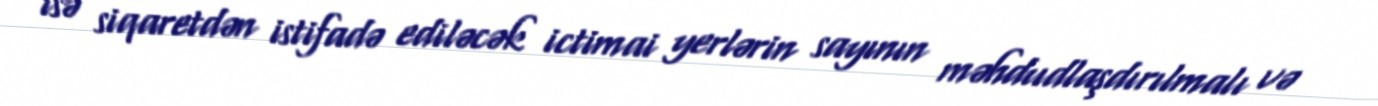
isə siqaretdən istifadə ediləcək ictimai yerlərin sayının məhdudlaşdırılmalı və